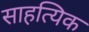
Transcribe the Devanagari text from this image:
साहत्यिक